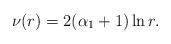
LaTeX: \begin{align*} \nu (r)=2({\alpha }_{1}+1)\ln r.\end{align*}